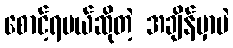
စောင့်ရမယ်ဆိုတဲ့ အချိန်မှာပဲ